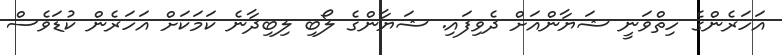
އަހަރެންގެ ހިތްވަނީ ޝަޔާންއަށް ދެވިފައި. ޝަޔާންގެ ލޯބި ލިބިދާނެ ކަމަކަށް އަހަރެން ކުޑަވެސް